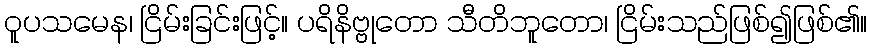
ဝူပသမေန၊ ငြိမ်းခြင်းဖြင့်။ ပရိနိဗ္ဗုတော သီတိဘူတော၊ ငြိမ်းသည်ဖြစ်၍ဖြစ်၏။